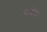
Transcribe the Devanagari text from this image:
पयोदः